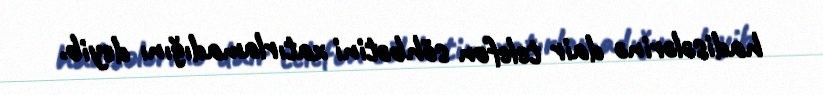
hadisələrinə dair telefon söhbətini xatırlamadığını deyib.